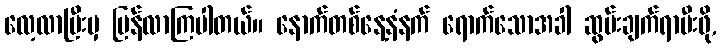
လေ့လာပြီးမှ ပြန်လာကြပါတယ်။ နောက်တစ်နေ့နံနက် ရောက်သောအခါ ဆွမ်းချက်ရာမီးဖို,